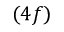
( 4 f )